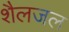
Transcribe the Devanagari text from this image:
शैलजल